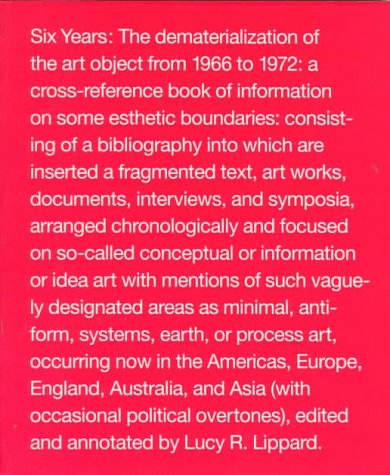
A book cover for Six Years: The Dematerialization of the Art Object from 1966 to 1972; Lucy R. Lippard; Arts & Photography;